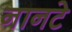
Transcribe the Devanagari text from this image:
नानटे